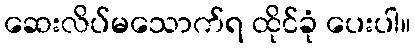
ဆေးလိပ်မသောက်ရ ထိုင်ခုံ ပေးပါ။